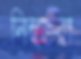
নিহতরা